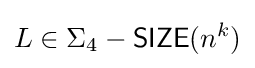
L\in \Sigma _{4}-{\mathsf {SIZE}}(n^{k})